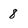
Character: 8